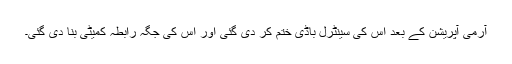
آرمی آپریشن کے بعد اس کی سینٹرل باڈی ختم کر دی گئی اور اس کی جگہ رابطہ کمیٹی بنا دی گئی۔